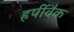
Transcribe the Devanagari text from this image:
हर्पीवैक